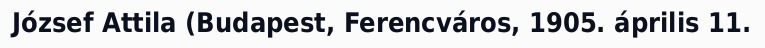
József Attila (Budapest, Ferencváros, 1905. április 11.